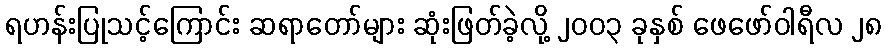
ရဟန်းပြုသင့်ကြောင်း ဆရာတော်များ ဆုံးဖြတ်ခဲ့လို့ ၂၀၀၃ ခုနှစ် ဖေဖော်ဝါရီလ ၂၈